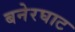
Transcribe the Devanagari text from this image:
बनेरघाट